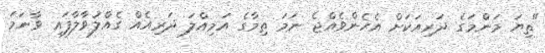
"ތިޔަ މަންމަގެ ދަރިއަކަށް އެހެންވެއްޖެ ނަމަ ތިމާގެ އަމިއްލަ ދަރިއެއް ގެއްލުވާލާފައި ވާނަމަ